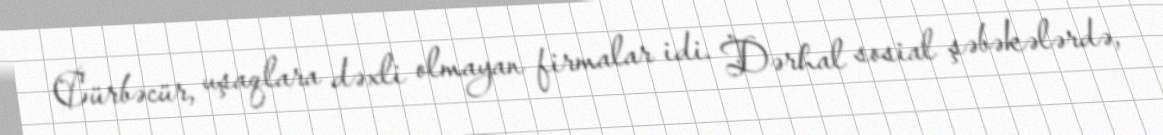
Cürbəcür, uşaqlara dəxli olmayan firmalar idi. Dərhal sosial şəbəkələrdə,